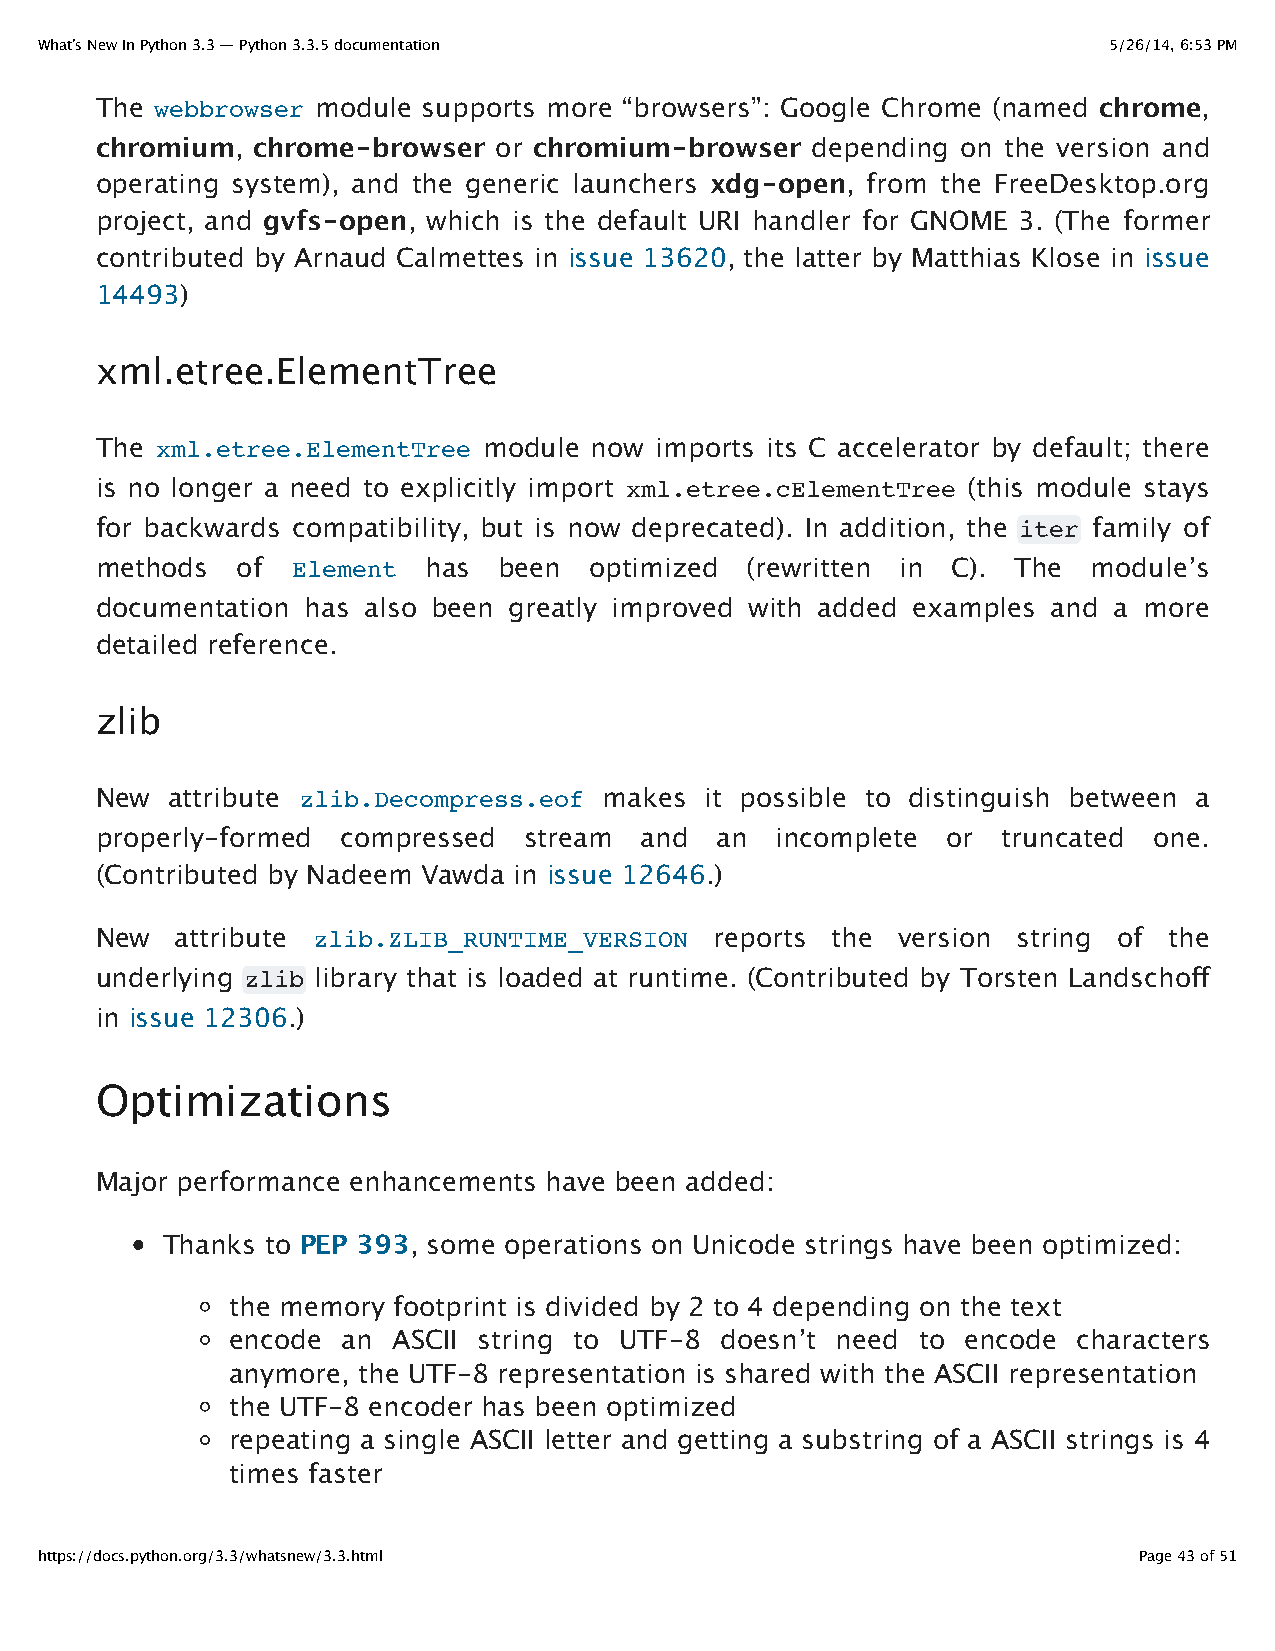
What’s New In Python 3.3 — Python 3.3.5 documentation                  5/26/14, 6:53 PM
 The webbrowser module supports more “browsers”: Google Chrome (named chrome,
 chromium,  chrome-browser  or chromium-browser  depending on the version and
 operating system), and the generic launchers xdg-open, from the FreeDesktop.org
 project, and gvfs-open, which is the default URI handler for GNOME 3. (The former
 contributed by Arnaud Calmettes in issue 13620, the latter by Matthias Klose in issue
 14493)
 xml.etree.ElementTree
 The xml.etree.ElementTree module now imports its C accelerator by default; there
 is no longer a need to explicitly import xml.etree.cElementTree (this module stays
 for backwards compatibility, but is now deprecated). In addition, the iter family of
 methods   of Element  has  been  optimized (rewritten in C). The  module’s
 documentation has also been greatly improved with added examples and a more
 detailed reference.
 zlib
 New  attribute zlib.Decompress.eof makes it possible to distinguish between a
 properly-formed  compressed  stream and  an  incomplete  or truncated one.
 (Contributed by Nadeem Vawda in issue 12646.)
 New   attribute zlib.ZLIB_RUNTIME_VERSION reports the version string of the
 underlying zlib library that is loaded at runtime. (Contributed by Torsten Landschoff
 in issue 12306.)
 Optimizations
 Major performance enhancements have been added:
 Thanks to PEP 393, some operations on Unicode strings have been optimized:
 the memory footprint is divided by 2 to 4 depending on the text
 encode  an ASCII string to UTF-8 doesn’t need to encode characters
 anymore, the UTF-8 representation is shared with the ASCII representation
 the UTF-8 encoder has been optimized
 repeating a single ASCII letter and getting a substring of a ASCII strings is 4
 times faster
 https://docs.python.org/3.3/whatsnew/3.3.html                            Page 43 of 51